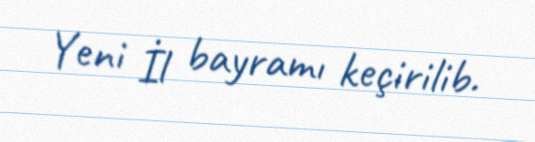
Yeni İl bayramı keçirilib.